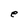
Character: e